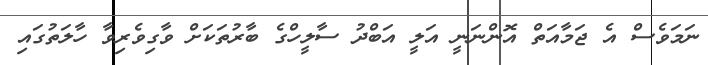
ނަމަވެސް އެ ޖަމާއަތް އޮންނަނީ އަލީ އަބްދު ސާލީހްގެ ބާރުތަކަށް ވާގިވެރިވާ ހާލަތުގައި